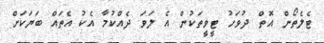
ޓެލެތޯން އޮތް ދުވަހު ޓީވީތަކުން އެ ލަވަ ދެއްކުމާ އެކު އެތައް ބަޔަކަށް